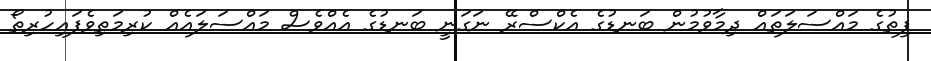
ފިތުގެ މައްސަލަތައް ދިމާވުމުން ބަނޑުގެ އެކްސްރޭ ނަގަނީ ބަނޑުގެ އެއްވެސް މައްސަލައެއް ކުރިމަތިވެފައިހުރިތޯ